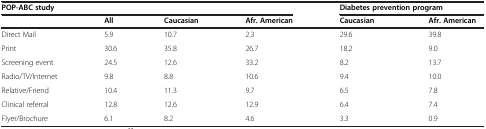
| <COLSPAN=4> POP-ABC study | <COLSPAN=2> Diabetes prevention program |
 |  | All | Caucasian | Afr. American | Caucasian | Afr. American |
 | --- | --- | --- | --- | --- | --- |
 | Direct Mail | 5.9 | 10.7 | 2.3 | 29.6 | 39.8 |
 | Print | 30.6 | 35.8 | 26.7 | 18.2 | 9.0 |
 | Screening event | 24.5 | 12.6 | 33.2 | 8.2 | 13.7 |
 | Radio/TV/Internet | 9.8 | 8.8 | 10.6 | 9.4 | 10.0 |
 | Relative/Friend | 10.4 | 11.3 | 9.7 | 6.5 | 7.8 |
 | Clinical referral | 12.8 | 12.6 | 12.9 | 6.4 | 7.4 |
 | Flyer/Brochure | 6.1 | 8.2 | 4.6 | 3.3 | 0.9 |